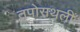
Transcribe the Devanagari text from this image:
तपोसथली